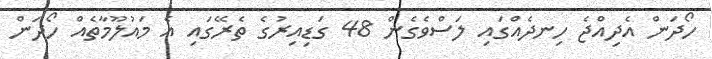
ހޯދަން އެދިއްޖެ ހިނދެއްގައި ލަސްވެގެން 48 ގަޑިއިރުގެ ތެރޭގައި އެ މައުލޫމާތެއް ހޯދަން